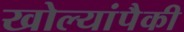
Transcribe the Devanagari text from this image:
खोल्यांपैकी